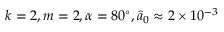
k = 2 , m = 2 , \alpha = 8 0 ^ { \circ } , \hat { a } _ { 0 } \approx 2 \times 1 0 ^ { - 3 }